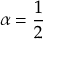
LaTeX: \alpha = { \frac { 1 } { 2 } }